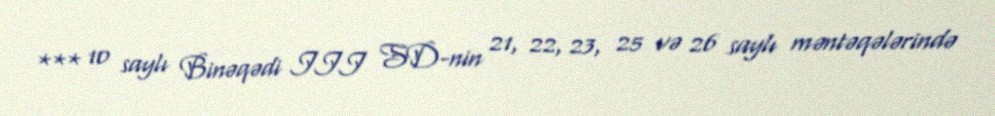
*** 10 saylı Binəqədi III SD-nin 21, 22, 23, 25 və 26 saylı məntəqələrində